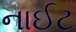
નાઈટ